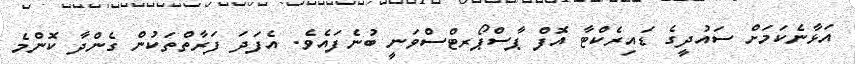
އަޅާނެކަމަށް ސައުދީގެ ޑައިރެކްޓާ އޮފް ޕާސްޕޯރޓްސްވަނީ ބުނެފައެވެ. އެފަދަ ފަރާތްތަކުން ގެންދާ ކޮންމެ